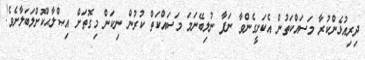
ދިރިއުޅެންކުރާ މަސައްކަތުން އެކަށީގެންވާ ނަފާ ނުލިބޭނަމަ މަސައްކަތް ކުރުން ނިކަން މިގޮތަށް އިޞްލާޙްކޮށްލަބަލާށެވެ!